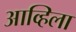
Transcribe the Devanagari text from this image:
आव्हिला